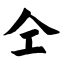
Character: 仝